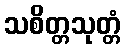
သစိတ္တသုတ္တံ